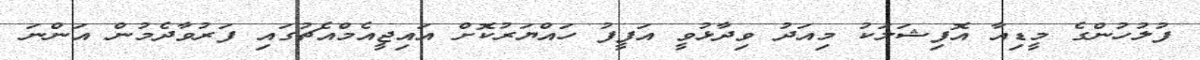
ފުލުހުންގެ މީޑިއާ އޮފިޝަލަކު މިއަދު ވިދާޅުވީ އަފީފު ހައްޔަރުކޮށް އައިޖީއެމްއެޗުގައި ފަރުވާދެމުން އަންނަ